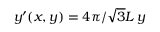
y ^ { \prime } ( x , y ) = 4 \pi / \sqrt { 3 } L \, y